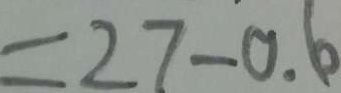
= 2 7 - 0 . 6